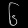
Digit: ၆